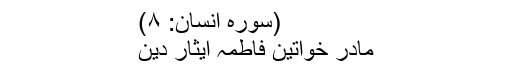
(سورہ انسان: ۸)
مادر خواتین فاطمہ ایثار دین